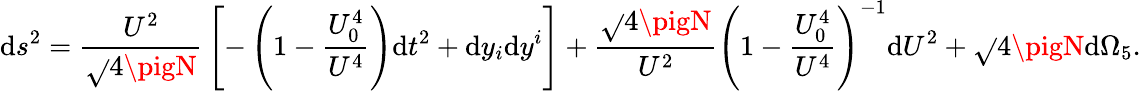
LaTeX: \mathrm{d}s^{2}={\frac{{U^{2}}}{{\sqrt{}{{4\pigN}}}}}\left[-\left(1-{\frac{{U_{0}^{4}}}{{U^{4}}}}\right)\mathrm{d}t^{2}+\mathrm{d}y_{i}\mathrm{d}y^{i}\right]+{\frac{{\sqrt{}{{4\pigN}}}}{{U^{2}}}}\left(1-{\frac{{U_{0}^{4}}}{{U^{4}}}}\right)^{-1}\mathrm{d}U^{2}+\sqrt{}{{4\pigN}}\mathrm{d}\Omega_{5}.